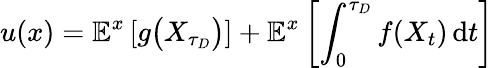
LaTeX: u(x)=\mathbb{E}^{x}\left[g{\big(}X_{\tau_{D}}{\big)}\right]+\mathbb{E}^{x}\left[\int_{0}^{\tau_{D}}f(X_{t})\, \mathrm{d}t\right]